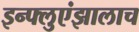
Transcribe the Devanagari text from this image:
इन्फ्लुएंझालाच